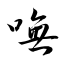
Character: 嘸